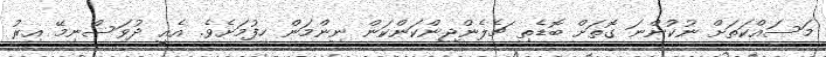
މަސައްކަތަށް ނުކުންނަ ގޮތަށް ބޮޑެތި ޗެލެންޖިންކަންކަން ނިންމަން ހިފުމަށެވެ. އެއީ ދުވަސްނިމޭ އިރު